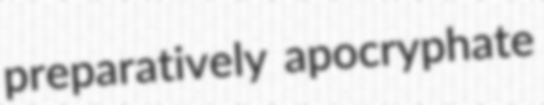
preparatively apocryphate